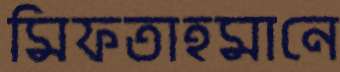
মিফতাহমানে